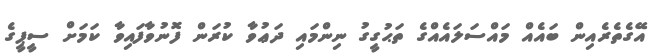
އޭގެތެރެއިން ބައެއް މައްސަލައެއްގެ ތަޙުގީގު ނިންމައި ދަޢުވާ ކުރަން ފޮނުވާފައިވާ ކަމަށް ސީޕީގެ